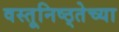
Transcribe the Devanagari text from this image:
वस्तूनिष्ठ्तेच्या